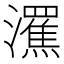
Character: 𤃭